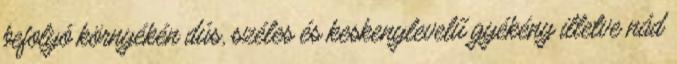
befolyó környékén dús, széles és keskenylevelű gyékény illetve nád